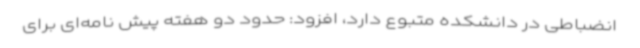
انضباطی در دانشکده متبوع دارد، افزود: حدود دو هفته پیش نامه‌ای برای